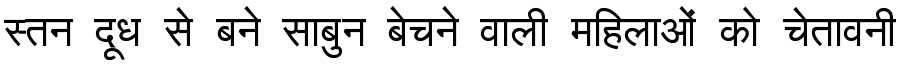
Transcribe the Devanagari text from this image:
स्तन दूध से बने साबुन बेचने वाली महिलाओं को चेतावनी